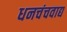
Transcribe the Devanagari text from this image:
धनचंचवाद्य